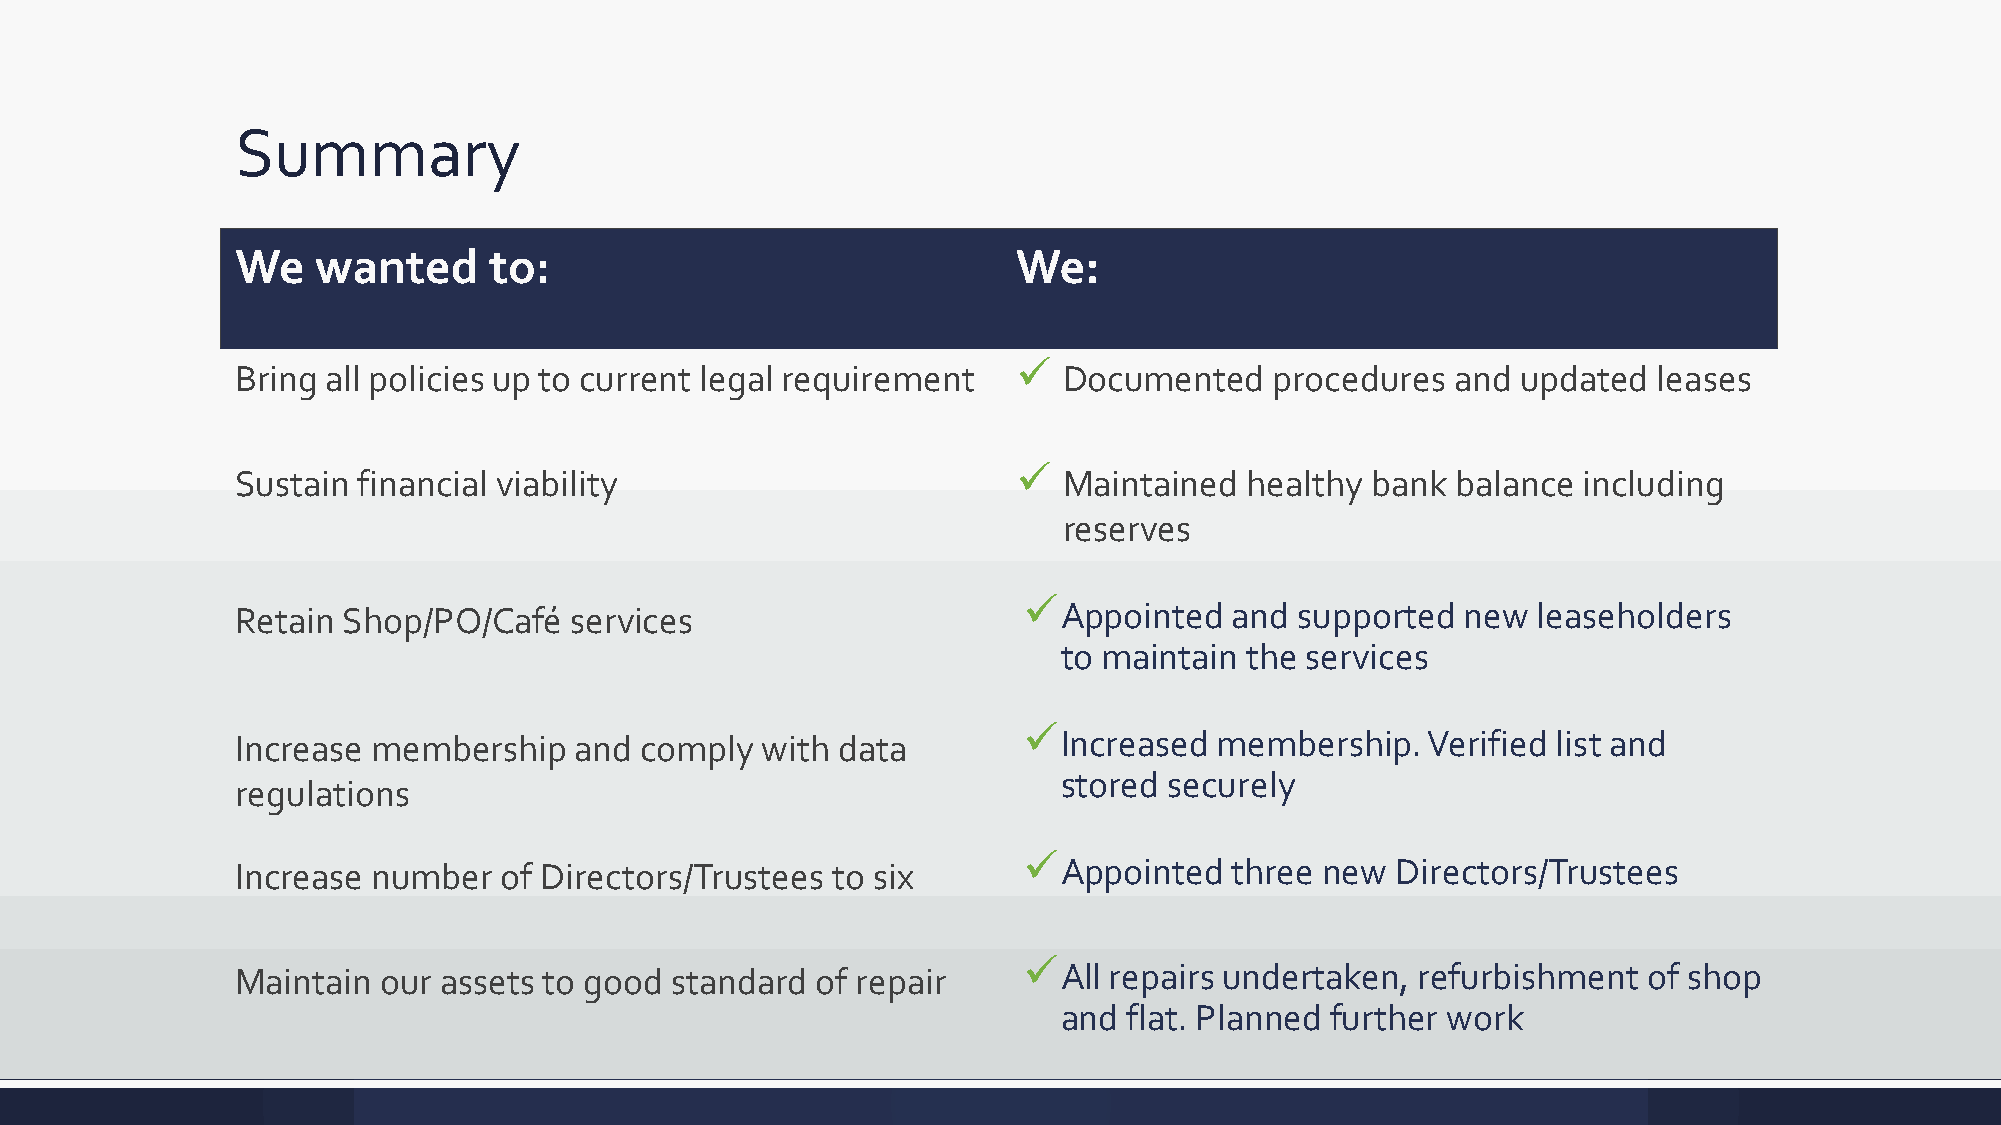
Summary
 We   wanted     to:                                We:
 ✓
 Bring all policies up to current legal requirement    Documented    procedures  and  updated  leases
 ✓
 Sustain financial viability                           Maintained  healthy  bank balance  including
 reserves
 ✓
 Retain Shop/PO/Café   services                        Appointed   and supported  new  leaseholders
 to maintain  the services
 ✓
 Increase membership   and comply  with data           Increased  membership.  Verified list and
 stored securely
 regulations
 ✓
 Increase number  of Directors/Trustees to six         Appointed   three new Directors/Trustees
 ✓
 Maintain our assets to good standard  of repair       All repairs undertaken, refurbishment  of shop
 and  flat. Planned further work